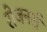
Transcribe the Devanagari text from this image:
रोजनर्रा